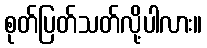
စုတ်ပြတ်သတ်လို့ပါလား။